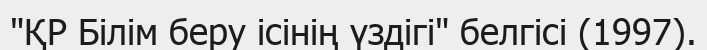
"ҚР Білім беру ісінің үздігі" белгісі (1997).